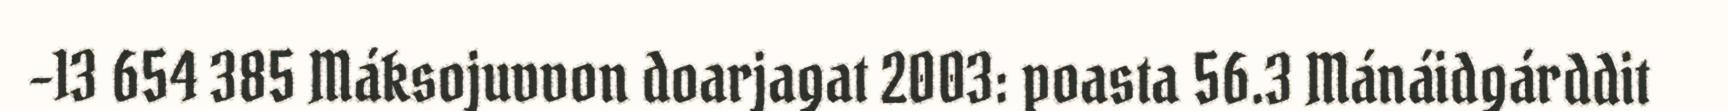
-13 654 385 Máksojuvvon doarjagat 2003: poasta 56.3 Mánáidgárddit